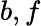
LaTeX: b,f